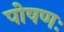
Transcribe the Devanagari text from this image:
पोषणः